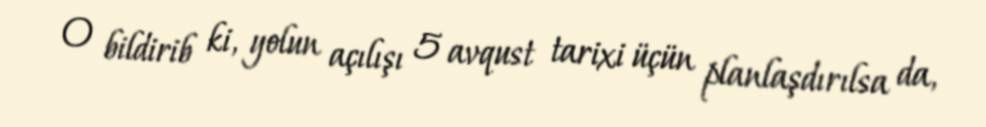
O bildirib ki, yolun açılışı 5 avqust tarixi üçün planlaşdırılsa da,